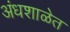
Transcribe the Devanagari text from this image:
अंधशाळेत